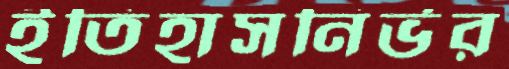
ইতিহাসনির্ভর